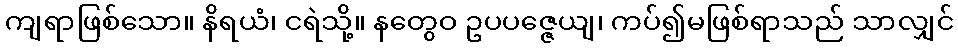
ကျရာဖြစ်သော။ နိရယံ၊ ငရဲသို့။ နတွေဝ ဥပပဇ္ဇေယျ၊ ကပ်၍မဖြစ်ရာသည် သာလျှင်